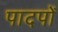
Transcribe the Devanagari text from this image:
पादपोँ